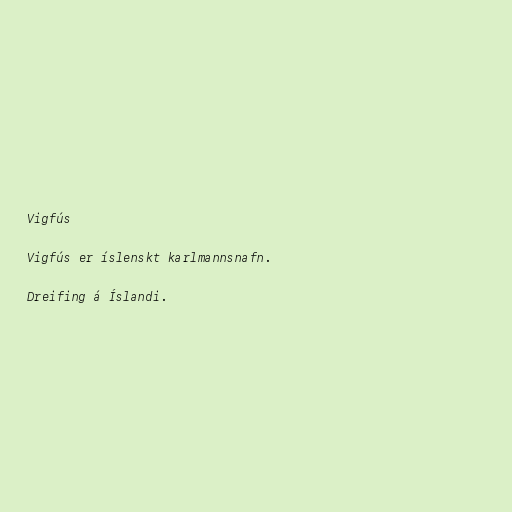
Vigfús

Vigfús er íslenskt karlmannsnafn.

Dreifing á Íslandi.